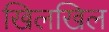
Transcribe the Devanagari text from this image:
खिलखिल